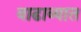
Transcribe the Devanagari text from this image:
वाढाव्यात